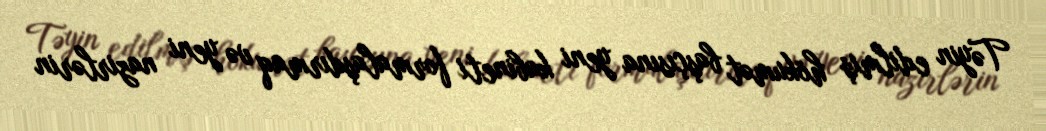
Təyin edilmiş hökumət başçısına yeni kabineti formalaşdırmaq və yeni nazirlərin